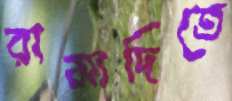
রামাদিতে